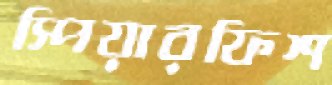
স্পিয়ারফিশ